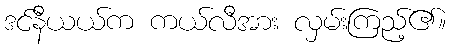
ဒင်နီယယ်က ကယ်လီအား လှမ်းကြည့်၏။